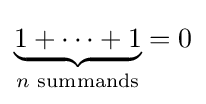
\underbrace {1+\cdots +1} _{n{\text{ summands}}}=0